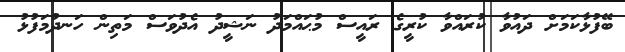
ބޭފުޅާކަމަށް ދައުވާ ކުރައްވާ ކުރީގެ ރައީސް މުޙައްމަދު ނަޝީދު އެދުވަސް މަތިން ހަނދުމަފުޅު